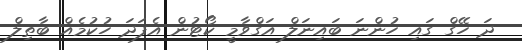
ދަ ހޭގް ގައި ހުންނަ ބައިނަލް އަގްވާމީ ކޯޓުން އެފަދަ ހުކުމެއް ބާތިލް